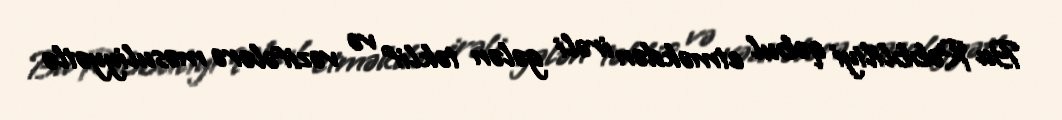
Bu Rəbbliliyi qəbul etməkdən irəli gələn təklif və vəzifələrə məsuliyyətlə